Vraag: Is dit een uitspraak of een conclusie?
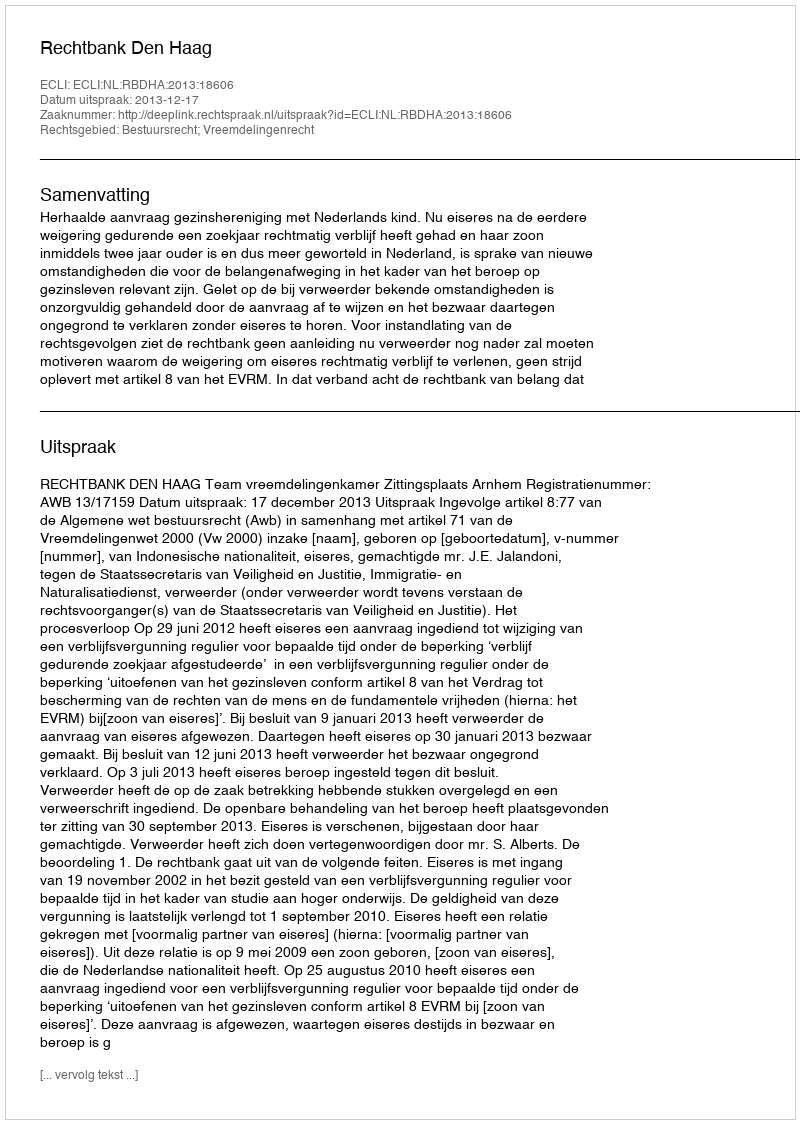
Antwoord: Uitspraak